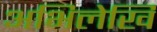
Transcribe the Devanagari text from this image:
अभिलेखि